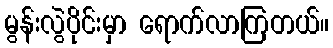
မွန်းလွဲပိုင်းမှာ ရောက်လာကြတယ်။